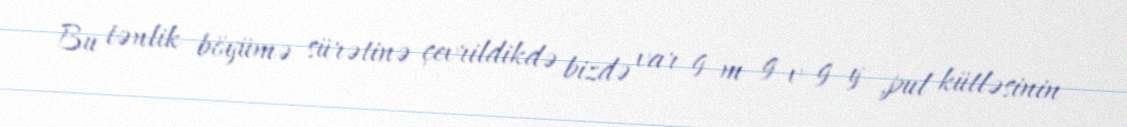
Bu tənlik böyümə sürətinə çevrildikdə bizdə var g m g v g y ,pul kütləsinin